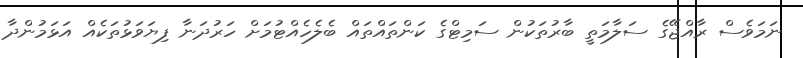
ނަމަވެސް ރާއްޖޭގެ ސަލާމަތީ ބާރުތަކުން ސަމިޓްގެ ކަންތައްތައް ބެލެހެއްޓުމަށް ހަރުދަނާ ފިޔަވަޅުތަކެއް އަޅަމުންދާ